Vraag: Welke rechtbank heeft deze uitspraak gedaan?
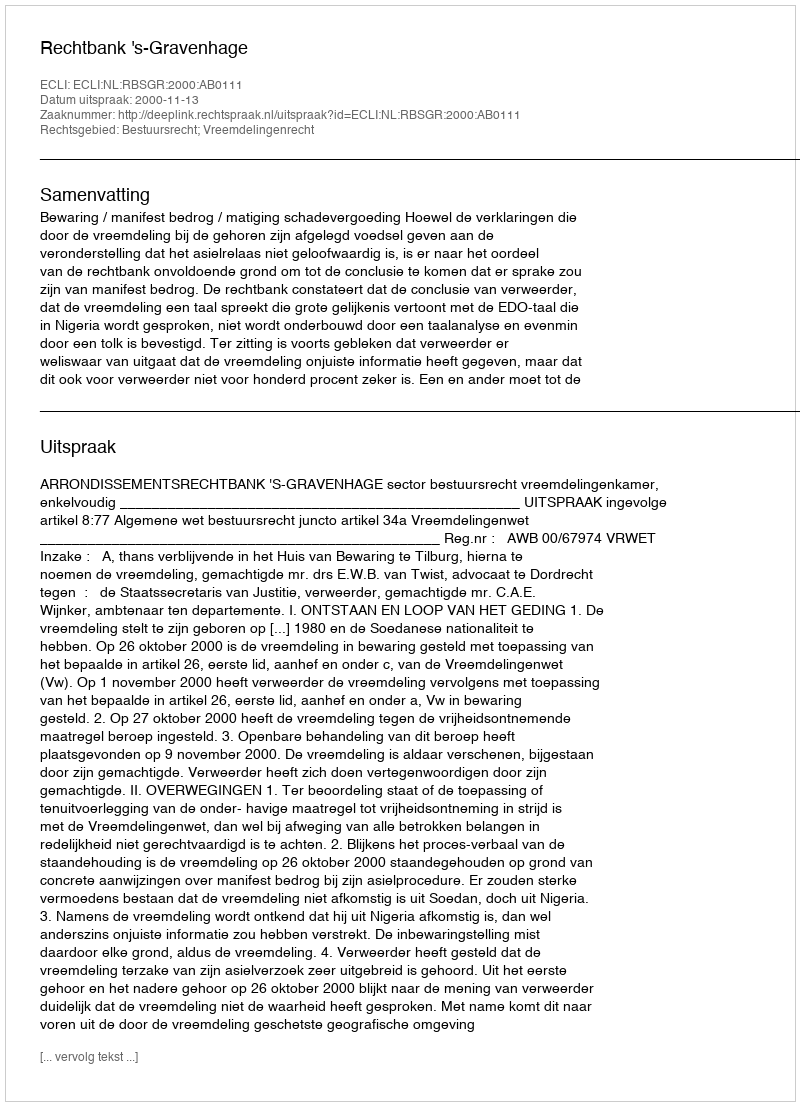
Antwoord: Rechtbank 's-Gravenhage